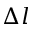
\Delta l